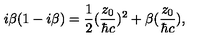
i { \beta } ( 1 - i { \beta } ) = \frac { 1 } { 2 } ( \frac { z _ { 0 } } { { \hbar } c } ) ^ { 2 } + { \beta } ( \frac { z _ { 0 } } { { \hbar } c } ) ,